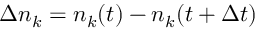
\Delta n _ { k } = n _ { k } ( t ) - n _ { k } ( t + \Delta t )